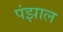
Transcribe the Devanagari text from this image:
पंझाल